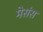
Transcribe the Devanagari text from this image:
मेसंस